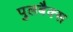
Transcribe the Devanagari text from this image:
पुलबैक्स